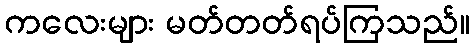
ကလေးများ မတ်တတ်ရပ်ကြသည်။